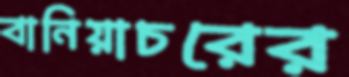
বানিয়াচরের